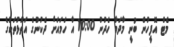
މެޓް އޮފީހުން ބުނީ މާދަމާ ހެދުނު 10:00 އާ ހަމައަށް ދެކުނުގެ އަތޮޅުތަކުގެ